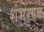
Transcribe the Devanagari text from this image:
शंभरएक